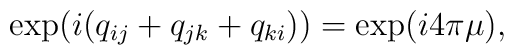
\exp(i(q_{ij}+q_{jk}+q_{ki})) =\exp(i4\pi\mu),